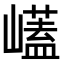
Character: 𭗡